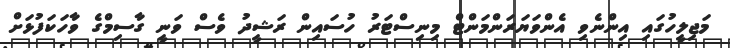
މަޖިލީހުގައި އިންނެވި އެންވަޔަރަންމަންޓް މިނިސްޓަރު ހުސައިން ރަޝީދު ވެސް ވަނީ ގާސިމްގެ ވާހަކަފުޅަށް